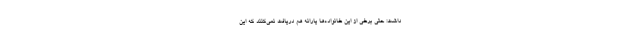
داشت: حتی برخی از این خانواده‌ها یارانه هم دریافت نمی‌کنند که این